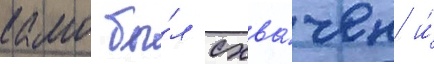
камо бы́л схва́чен и́